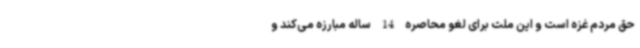
حق مردم غزه است و این ملت برای لغو محاصره 14 ساله مبارزه می‌کند و